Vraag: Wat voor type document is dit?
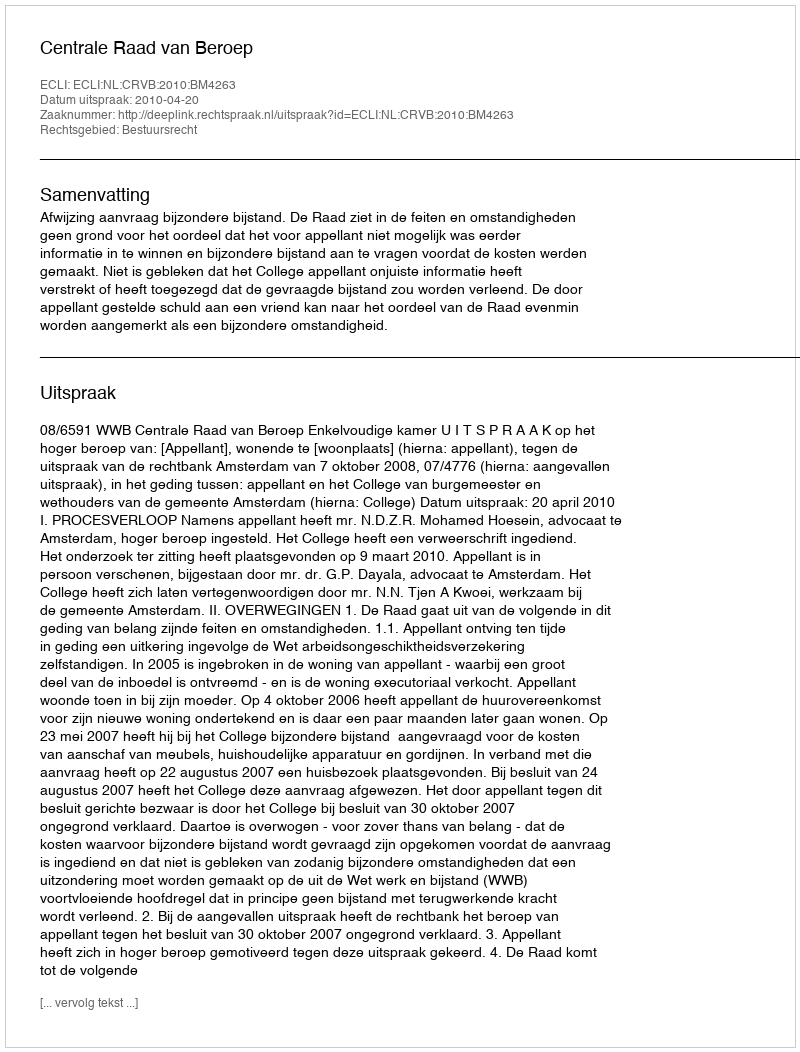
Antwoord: Uitspraak